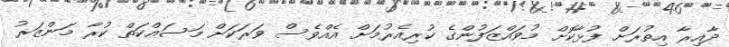
ދާއިރާ އިތުރަށް ފުޅާކޮށް މުވައްޒަފުންގެ ކުރިއެރުމަށް އެއްވެސް ވަރަކަށް މަސައްކަތް ކުރާ މަންޒަރު